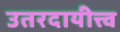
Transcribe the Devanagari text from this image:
उतरदायीत्त्व